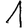
Digit: 1